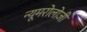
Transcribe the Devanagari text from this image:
न्यूमरोलोजी